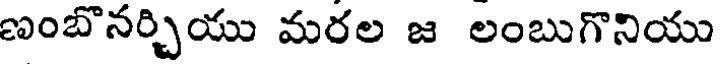
ణంబొనర్చియు మరల జ లంబుగొనియు